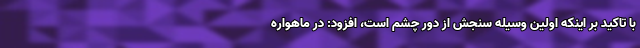
با تاکید بر اینکه اولین وسیله سنجش از دور چشم است، افزود: در ماهواره